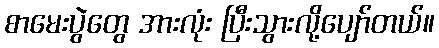
စာမေးပွဲတွေ အားလုံး ပြီးသွားလို့ပျော်တယ်။